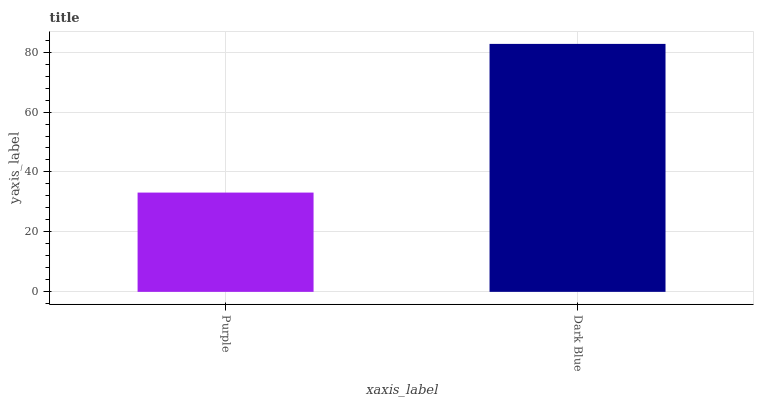
| xaxis_label | bars |
 | --- | --- |
 | Purple | 33.1 |
 | Dark Blue | 82.7 |